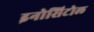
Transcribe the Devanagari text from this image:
इनोसिटोल